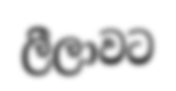
ලීලාවට